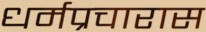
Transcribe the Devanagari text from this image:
धर्मप्रचारास